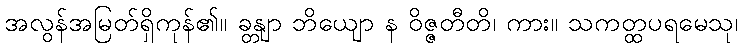
အလွန်အမြတ်ရှိကုန်၏။ ခန္တျာ ဘိယျော န ဝိဇ္ဇတီတိ၊ ကား။ သကတ္ထပရမေသု၊